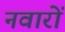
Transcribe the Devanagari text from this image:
नवारों